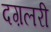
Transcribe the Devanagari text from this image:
दग़लरी